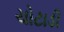
ચોટાડી